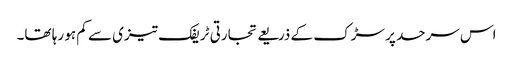
اس سرحد پر سڑک کے ذریعے تجارتی ٹریفک تیزی سے کم ہو رہا تھا۔